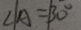
\angle A = 3 0 ^ { \circ }